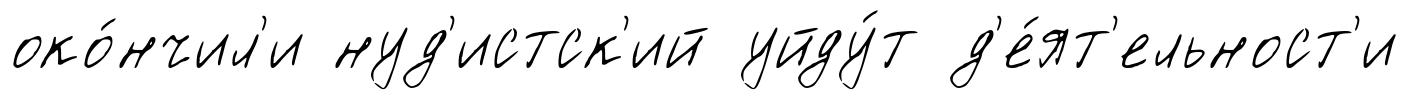
око́нчил'и нуд'истск'ий уйду́т д'е́ят'ельност'и